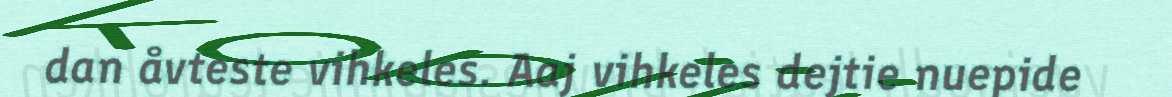
dan åvteste vihkeles. Aaj vihkeles dejtie nuepide